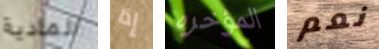
المادية إذا المؤخره نعم